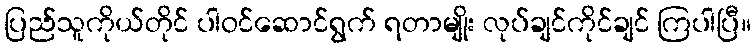
ပြည်သူကိုယ်တိုင် ပါဝင်ဆောင်ရွက် ရတာမျိုး လုပ်ချင်ကိုင်ချင် ကြပါပြီ။